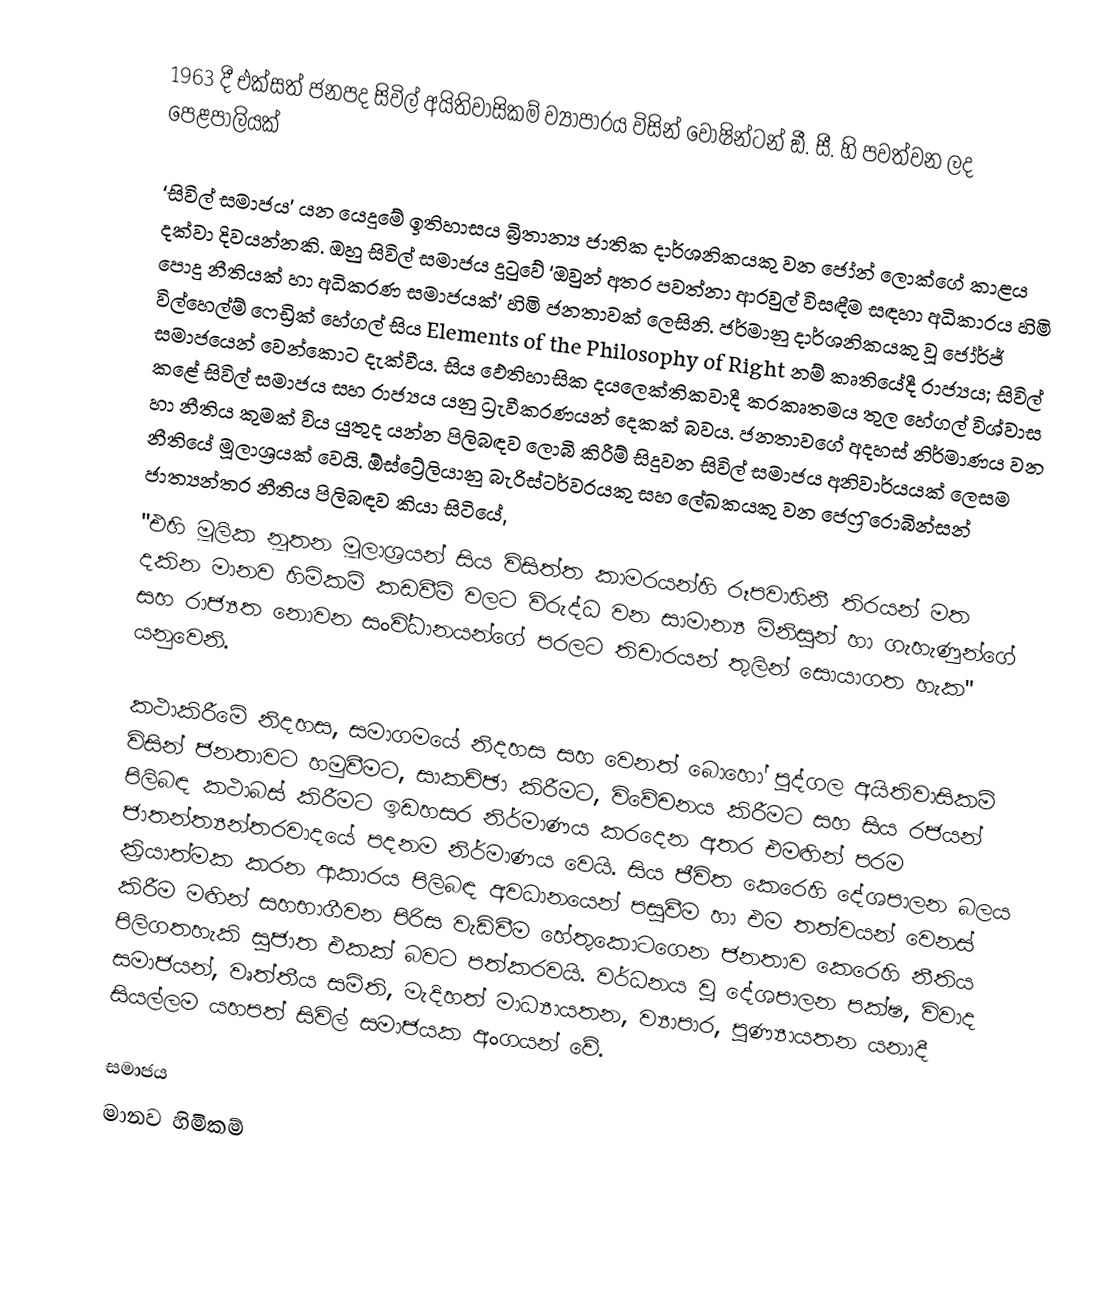
1963 දී එක්සත් ජනපද සිවිල් අයිතිවාසිකම් ව්‍යාපාරය විසින් වොෂින්ටන් ඞී. සී. හි පවත්වන ලද පෙළපාලියක්

‘සිවිල් සමාජය’ යන යෙදුමේ ඉතිහාසය බ්‍රිතාන්‍ය ජාතික දාර්ශනිකයකු වන ජෝන් ලොක්ගේ කාළය දක්වා දිවයන්නකි. ඔහු සිවිල් සමාජය දුටුවේ ‘ඔවුන් අතර පවත්නා ආරවුල් විසඳීම සඳහා අධිකාරය හිමි පොදු නීතියක් හා අධිකරණ සමාජයක්’ හිමි ජනතාවක් ලෙසිනි. ජර්මානු දාර්ශනිකයකු වූ ජෝර්ජ් විල්හෙල්ම් ෆෙඩ්‍රික් හේගල් සිය Elements of the Philosophy of Right නම් කෘතියේදී රාජ්‍යය; සිවිල් සමාජයෙන් වෙන්කොට දැක්වීය. සිය ඵෙතිහාසික දයලෙක්තිකවාදී කරකෘතමය තුල හේගල් විශ්වාස කළේ සිවිල් සමාජය සහ රාජ්‍යය යනු ධ්‍රැවීකරණයන් දෙකක් බවය. ජනතාවගේ අදහස් නිර්මාණය වන හා නීතිය කුමක් විය යුතුද යන්න පිලිබඳව ලොබි කිරීම් සිදුවන සිවිල් සමාජය අනිවාර්යයක් ලෙසම නීතියේ මූලාශ්‍රයක් වෙයි.  ඕස්ට්‍රේලියානු බැරිස්ටර්වරයකු සහ ලේඛකයකු වන ජෙෆ්‍රි රොබින්සන් ජාත්‍යන්තර නීතිය පිලිබඳව කියා සිටියේ,
"එහි මූලික නූතන මූලාශ්‍රයන් සිය විසිත්ත කාමරයන්හි රූපවාහිනී තිරයන් මත දකින මානව හිමිකම් කඩවීම් වලට විරුද්ධ වන සාමාන්‍ය මිනිසුන් හා ගැහැණුන්ගේ සහ රාජ්‍යත නොවන සංවි්ධානයන්ගේ පරලට තිචාරයන් තුලින් සොයාගත හැක" යනුවෙනි.

කථාකිරීමේ නිදහස, සමාගමයේ නිදහස සහ වෙනත් බොහෝ පුද්ගල අයිතිවාසිකම් විසින් ජනතාවට හමුවීමට, සාකච්ඡා කිරීමට, විවේචනය කිරීමට සහ සිය රජයන් පිලිබඳ කථාබස් කිරීමට ඉඩහසර නිර්මාණය කරදෙන අතර එමඟින් පරම ජාතන්ත්‍යන්තරවාදයේ පදනම නිර්මාණය වෙයි. සිය ජීවිත කෙරෙහි දේශපාලන බලය ක්‍රියාත්මක කරන ආකාරය පිලිබඳ අවධානයෙන් පසුවීම හා එම තත්වයන් වෙනස් කිරීම මඟින් සහභාගීවන පිරිස වැඩිවීම හේතුකොටගෙන ජනතාව කෙරෙහි නීතිය පිලිගතහැකි සුජාත එකක් බවට පත්කරවයි. වර්ධනය වූ දේශපාලන පක්ෂ, විවාද සමාජයන්, වෘත්තීය සමිති, මැදිහත් මාධ්‍යායතන,  ව්‍යාපාර, පුණ්‍යායතන යනාදී සියල්ලම යහපත් සිවිල් සමාජයක අංගයන් වේ.

සමාජය
මානව හිමිකම්